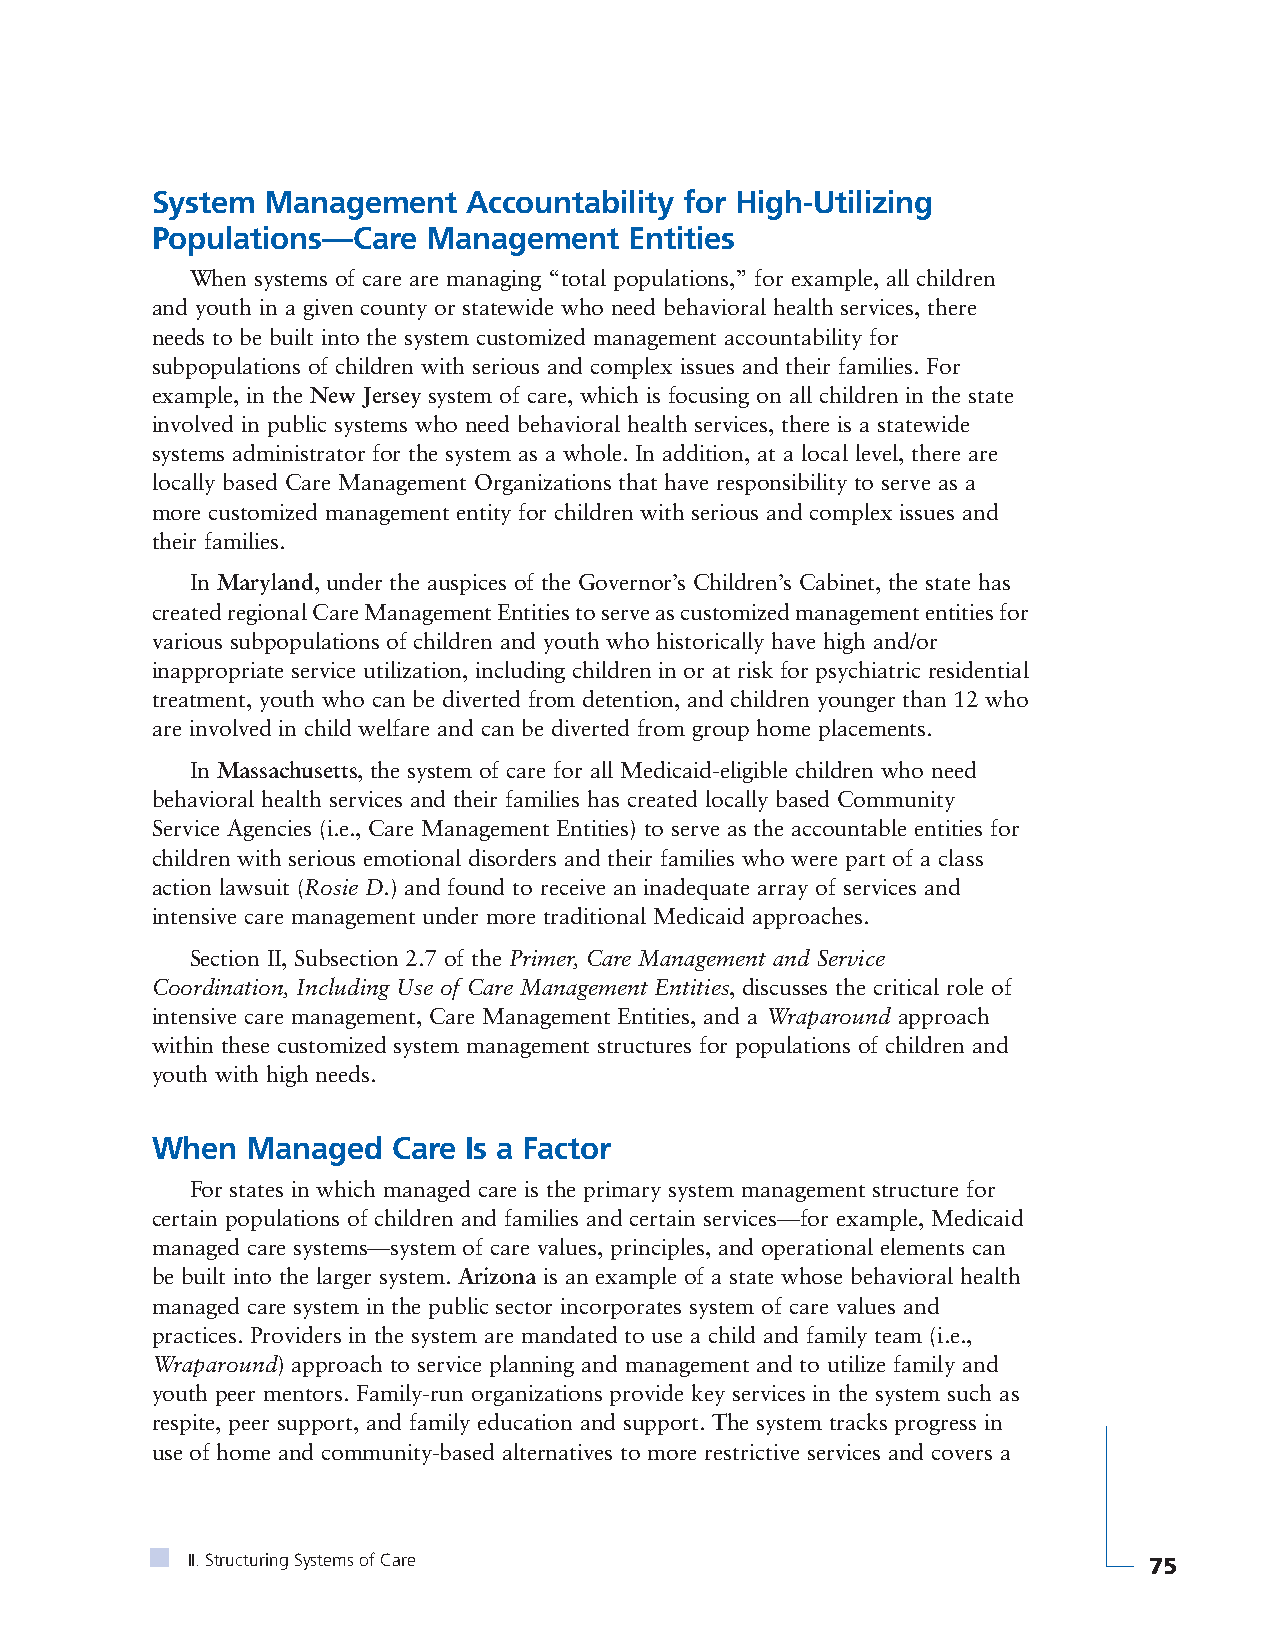
System  Management   Accountability for High-Utilizing
 Populations—Care  Management    Entities
 When systems of care are managing “total populations,” for example, all children
 and youth in a given county or statewide who need behavioral health services, there
 needs to be built into the system customized management accountability for
 subpopulations of children with serious and complex issues and their families. For
 example, in the New Jersey system of care, which is focusing on all children in the state
 involved in public systems who need behavioral health services, there is a statewide
 systems administrator for the system as a whole. In addition, at a local level, there are
 locally based Care Management Organizations that have responsibility to serve as a
 more customized management entity for children with serious and complex issues and
 their families.
 In Maryland, under the auspices of the Governor’s Children’s Cabinet, the state has
 created regional Care Management Entities to serve as customized management entities for
 various subpopulations of children and youth who historically have high and/or
 inappropriate service utilization, including children in or at risk for psychiatric residential
 treatment, youth who can be diverted from detention, and children younger than 12 who
 are involved in child welfare and can be diverted from group home placements.
 In Massachusetts, the system of care for all Medicaid-eligible children who need
 behavioral health services and their families has created locally based Community
 Service Agencies (i.e., Care Management Entities) to serve as the accountable entities for
 children with serious emotional disorders and their families who were part of a class
 action lawsuit (Rosie D.) and found to receive an inadequate array of services and
 intensive care management under more traditional Medicaid approaches.
 Section II, Subsection 2.7 of the Primer, Care Management and Service
 Coordination, Including Use of Care Management Entities, discusses the critical role of
 intensive care management, Care Management Entities, and a Wraparound approach
 within these customized system management structures for populations of children and
 youth with high needs.
 When  Managed   Care Is a Factor
 For states in which managed care is the primary system management structure for
 certain populations of children and families and certain services—for example, Medicaid
 managed care systems—system of care values, principles, and operational elements can
 be built into the larger system. Arizona is an example of a state whose behavioral health
 managed care system in the public sector incorporates system of care values and
 practices. Providers in the system are mandated to use a child and family team (i.e.,
 Wraparound) approach to service planning and management and to utilize family and
 youth peer mentors. Family-run organizations provide key services in the system such as
 respite, peer support, and family education and support. The system tracks progress in
 use of home and community-based alternatives to more restrictive services and covers a
 II. Structuring Systems of Care                                 75